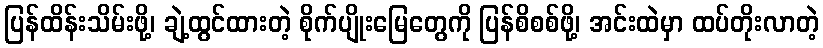
ပြန်ထိန်းသိမ်းဖို့၊ ချဲ့ထွင်ထားတဲ့ စိုက်ပျိုးမြေတွေကို ပြန်စိစစ်ဖို့၊ အင်းထဲမှာ ထပ်တိုးလာတဲ့